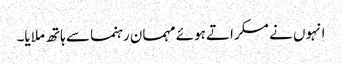
انہوں نے مسکراتے ہوئے مہمان رہنما سے ہاتھ ملایا۔